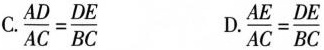
C. $$\frac{AD}{AC}= \frac{DE}{BC}$$ D.$$\frac{AE}{AC}= \frac{DE}{BC}$$